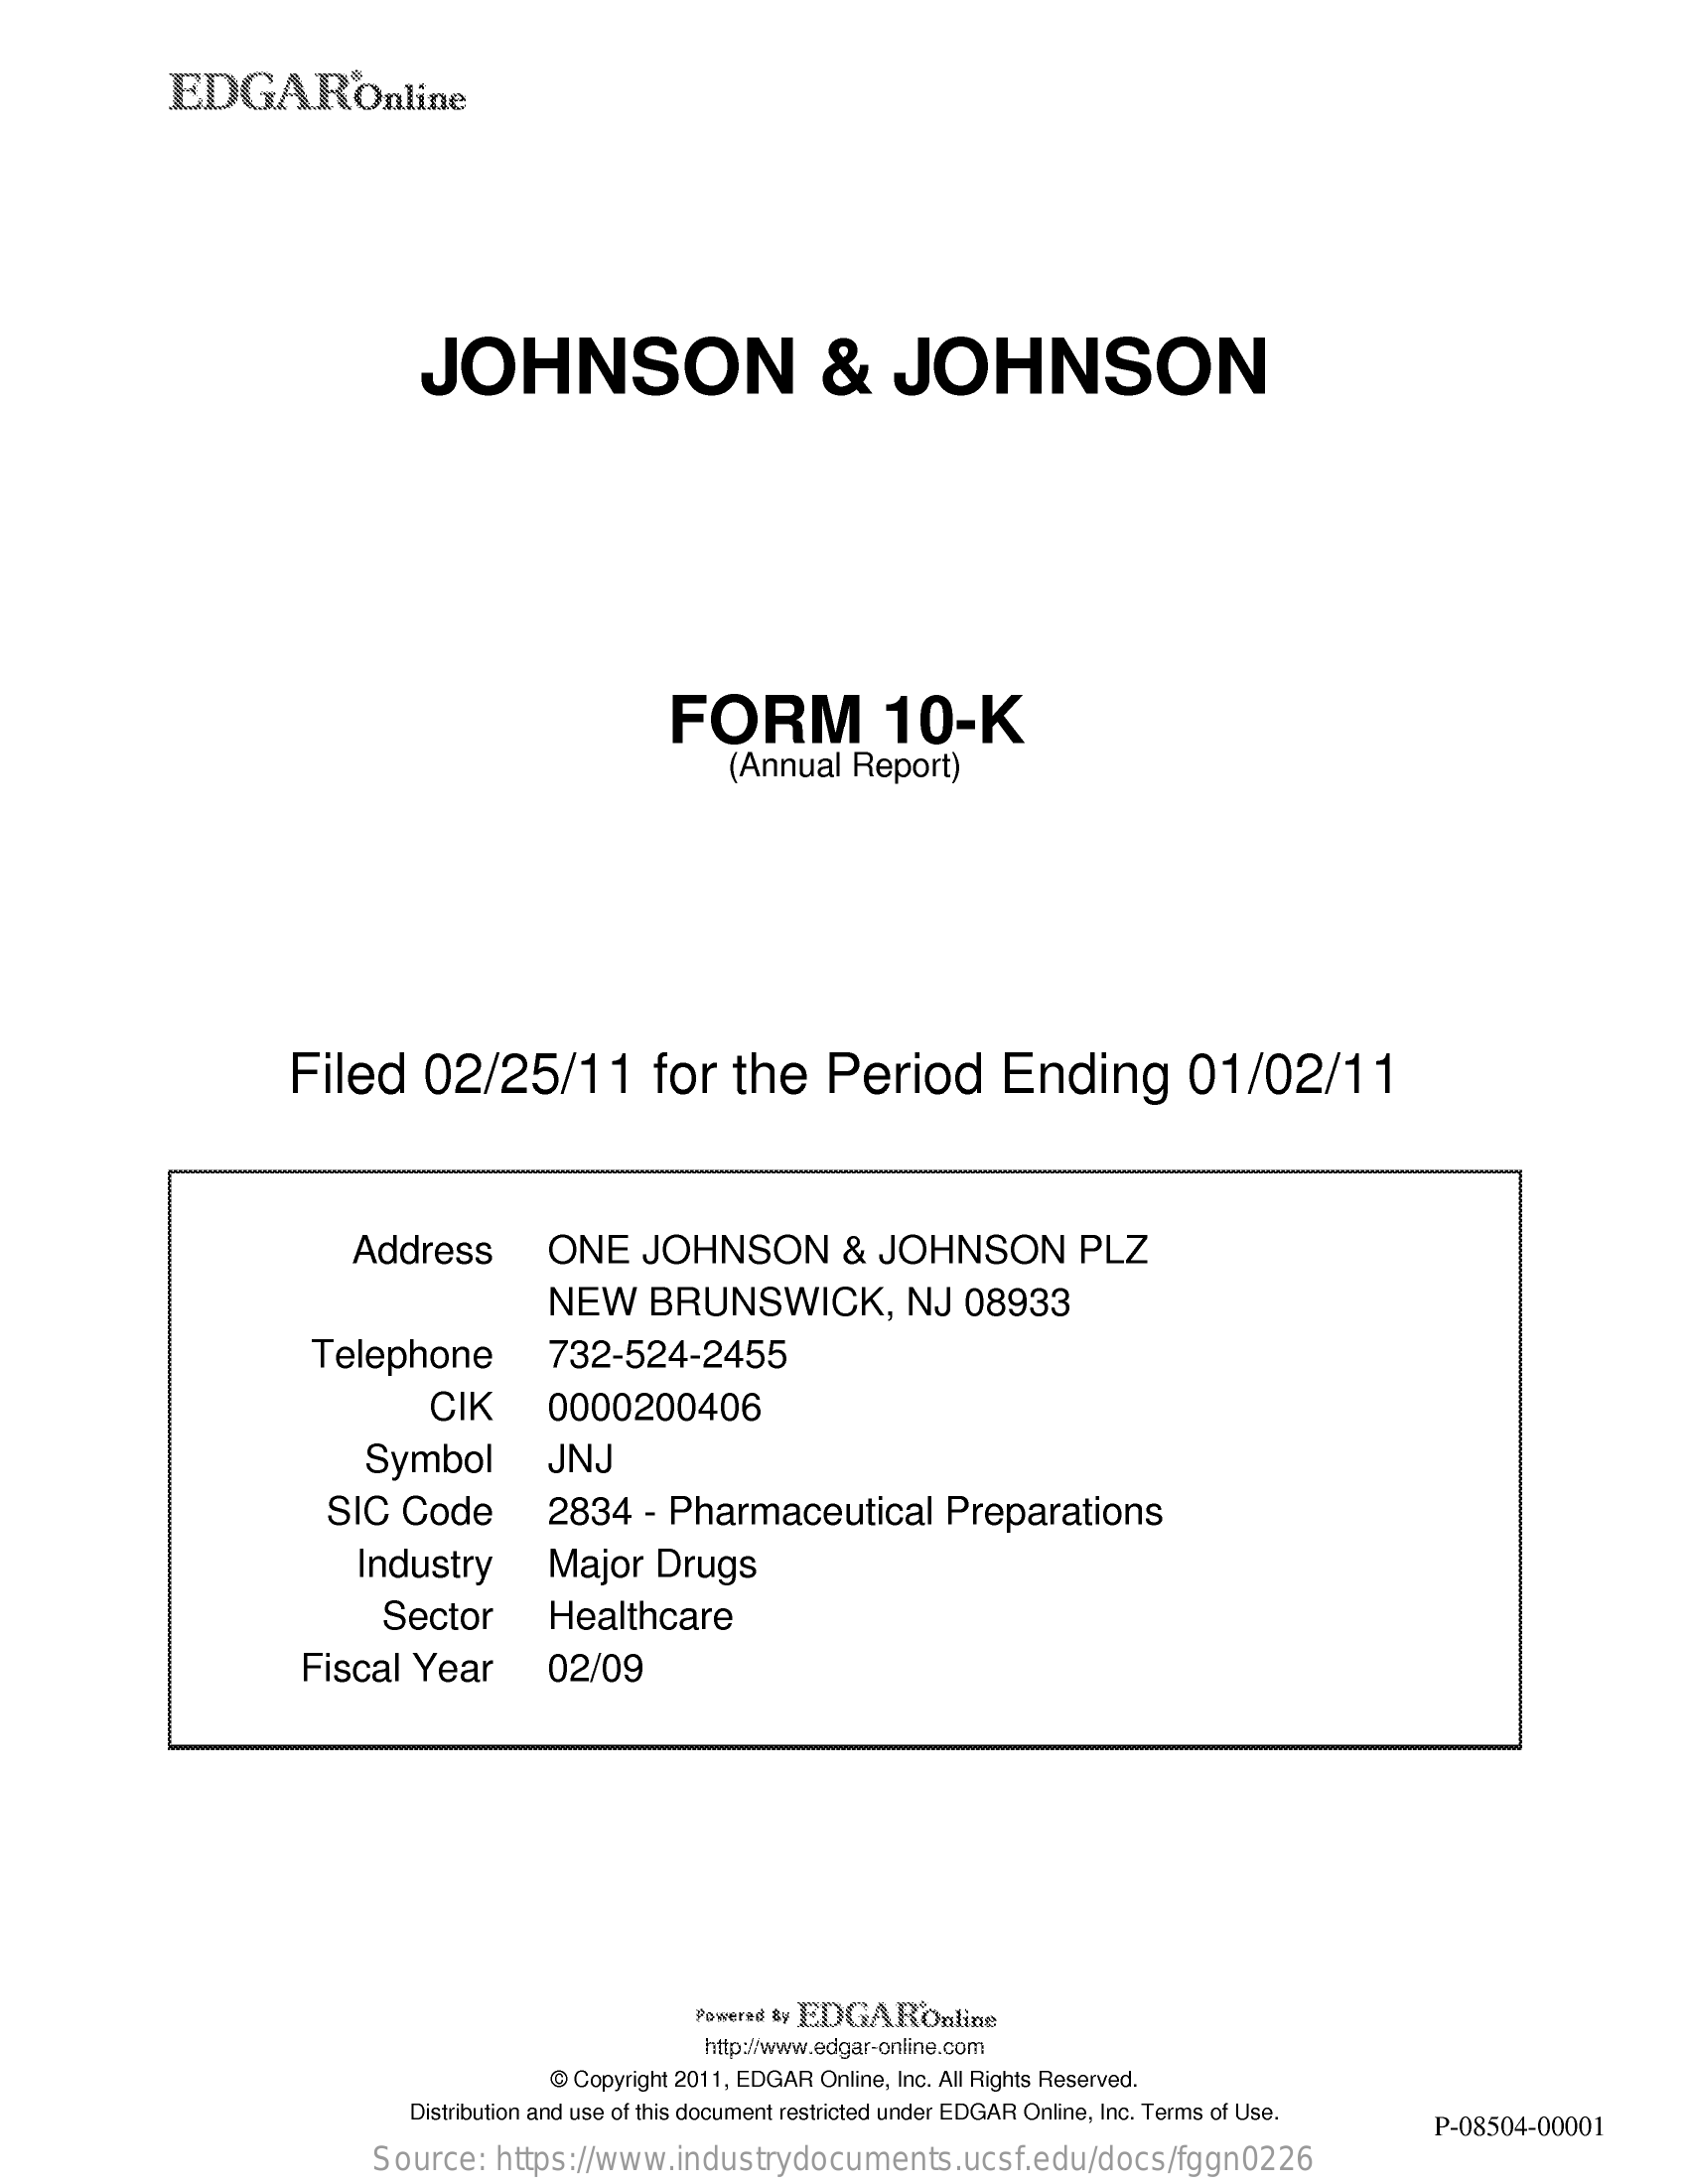
EDGAR'Online
     JOHNSON    &    JOHNSON
     FORM    10-K
     (Annual   Report)
     Filed    02/25/11    for    the    Period    Ending    01/02/11
     Address    ONE    JOHNSON    &  JOHNSON    PLZ
     NEW    BRUNSWICK,    NJ   08933
     Telephone    732-524-2455
     CIK    0000200406
     Symbol    JNJ
     SIC   Code    2834    - Pharmaceutical    Preparations
     Industry    Major    Drugs
     Sector    Healthcare
     Fiscal   Year    02/09
     Powered $y EDGAROnline
     http:/www.edgar-online.com
     @ Copyright 2011, EDGAR Online, Inc. All Rights Reserved.
     Distribution and use of this document restricted under EDGAR Online, Inc. Terms of Use.
     P-08504-00001
     Source:    https://www.industrydocuments.ucsf.edu/docs/fggn0226